画像に写った文字を読んでください
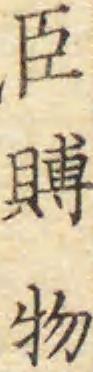
「臣賻物」と書いてあります